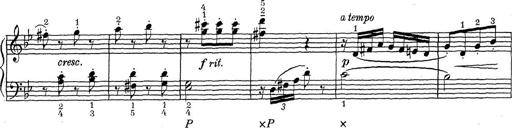
Title: ÄŒeskÃ© Sonatiny
Composer: Various